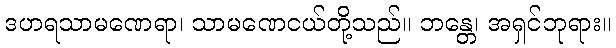
ဒဟရသာမဏေရာ၊ သာမဏေငယ်တို့သည်။ ဘန္တေ၊ အရှင်ဘုရား။